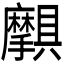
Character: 𫾝